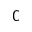
\complement